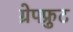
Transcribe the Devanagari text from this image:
ग्रेपफ्रुट